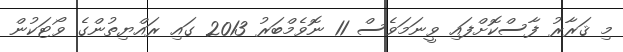
މި ޤަރާރު ފާސްކޮށްފައި ވީނަމަވެސް 11 ނޮވެމްބަރު 2013 ގައި ރައްޔިތުންގެ ވޯޓަކުން